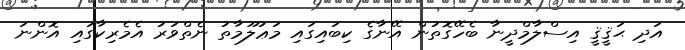
އަދި ޙަޤީޤީ އިސްލާމްދީނާ ބެހޭގޮތުން އޭނާގެ ކިބައިގައި މަޢުލޫމާތު ނެތްވަރު އެމެރިކާގައި އޮންނަ